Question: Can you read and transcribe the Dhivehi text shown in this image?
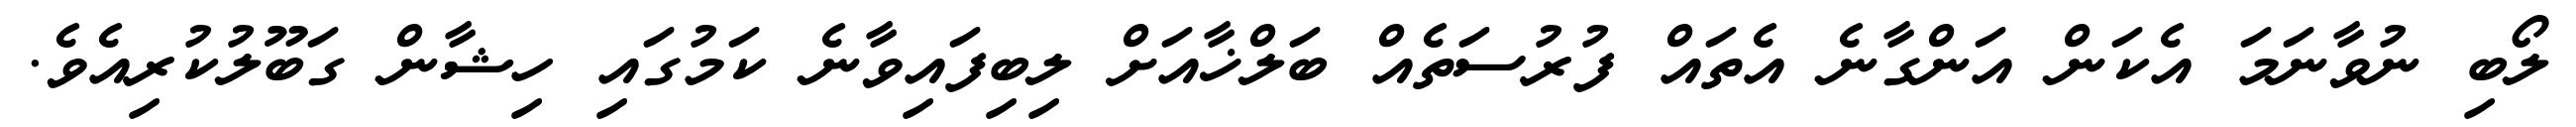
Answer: ލޯބި ނުވާނަމަ އެކަން އަންގާނެ އެތައް ފުރުސަތެއް ބަލްޚާއަށް ލިބިފައިވާނެ ކަމުގައި ހިޝާން ގަބޫލުކުރިއެވެ.